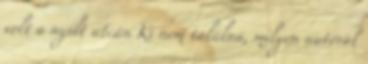
volt a nyílt utcán Ki nem találná, milyen autóval